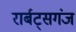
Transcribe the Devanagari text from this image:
रार्बट्सगंज